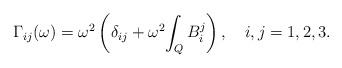
LaTeX: \begin{align*}\Gamma_{ij}(\omega)= \omega^2\left(\delta_{ij} +\omega^2 { \int_Q B_{i}^j }\right),\ \ \ i,j=1,2,3.\end{align*}